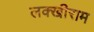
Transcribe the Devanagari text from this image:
लक्खीराम